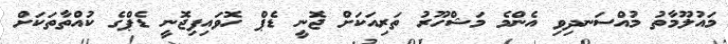
މައުލޫމާތު މުއްސަނދިވި އެންމެ މަޝްހޫރު ތަރިއަކަށް ޖޮނީ ޑެޕް ހޮވައިފިޖޮނީ ޑެޕްގެ ކުއްތާތަކަށް